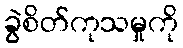
ခွဲစိတ်ကုသမှုကို